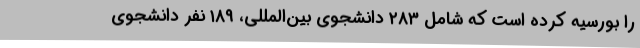
را بورسیه کرده است که شامل ۲۸۳ دانشجوی بین‌المللی، ۱۸۹ نفر دانشجوی